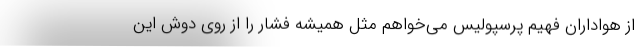
از هواداران فهیم پرسپولیس می‌خواهم مثل همیشه فشار را از روی دوش این